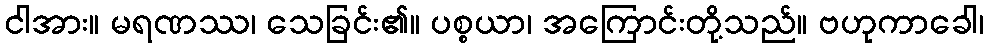
ငါအား။ မရဏဿ၊ သေခြင်း၏။ ပစ္စယာ၊ အကြောင်းတို့သည်။ ဗဟုကာခေါ၊